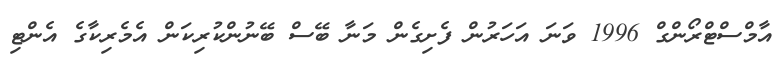
އާމްސްޓްރޯންގް 1996 ވަނަ އަހަރުން ފެށިގެން މަނާ ބޭސް ބޭނުންކުރިކަން އެމެރިކާގެ އެންޓި